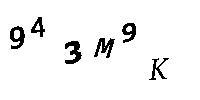
943M9K